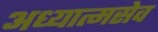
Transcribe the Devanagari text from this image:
अध्यात्मसेव